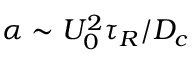
\alpha \sim U _ { 0 } ^ { 2 } \tau _ { R } / D _ { c }